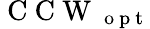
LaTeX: \mathrm{~C~C~W~}_{\mathrm{~o~p~t~}}